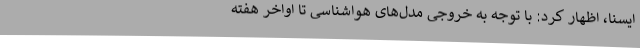
ایسنا، اظهار کرد: با توجه به خروجی مدل‌های هواشناسی تا اواخر هفته